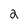
Character: 2